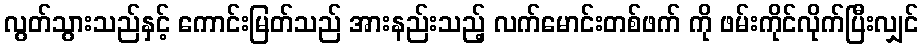
လွတ်သွားသည်နှင့် ကောင်းမြတ်သည် အားနည်းသည့် လက်မောင်းတစ်ဖက် ကို ဖမ်းကိုင်လိုက်ပြီးလျှင်